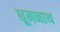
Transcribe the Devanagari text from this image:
धूमनाथ